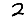
Digit: 2